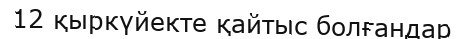
12 қыркүйекте қайтыс болғандар